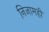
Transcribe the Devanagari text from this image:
निजामही